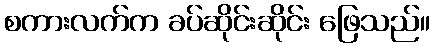
စကားလက်က ခပ်ဆိုင်းဆိုင်း ဖြေသည်။